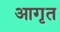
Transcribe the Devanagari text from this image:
आगृत